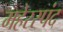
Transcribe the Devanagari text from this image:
महेरस्पंद